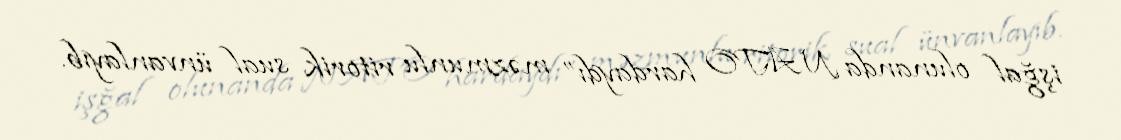
işğal olunanda NATO hardaydı” məzmunlu ritorik sual ünvanlayıb.